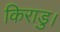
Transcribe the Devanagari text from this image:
किराडु।